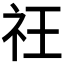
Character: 𥘛